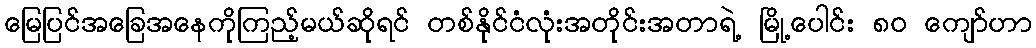
မြေပြင်အခြေအနေကိုကြည့်မယ်ဆိုရင် တစ်နိုင်ငံလုံးအတိုင်းအတာရဲ့ မြို့ပေါင်း ၈၀ ကျော်ဟာ